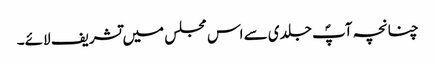
چنانچہ آپؐ جلدی سے اس مجلس میں تشریف لائے۔